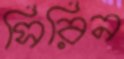
সিরিন